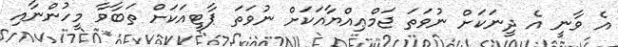
އެ ވާނީ އެ ދީނަކަށް ނުވަތަ ޖަމްޢިއްޔާއަކަށް ނުވަތަ ޕާޓީއަކަށް ތަބާވާ މީހުންނާއި